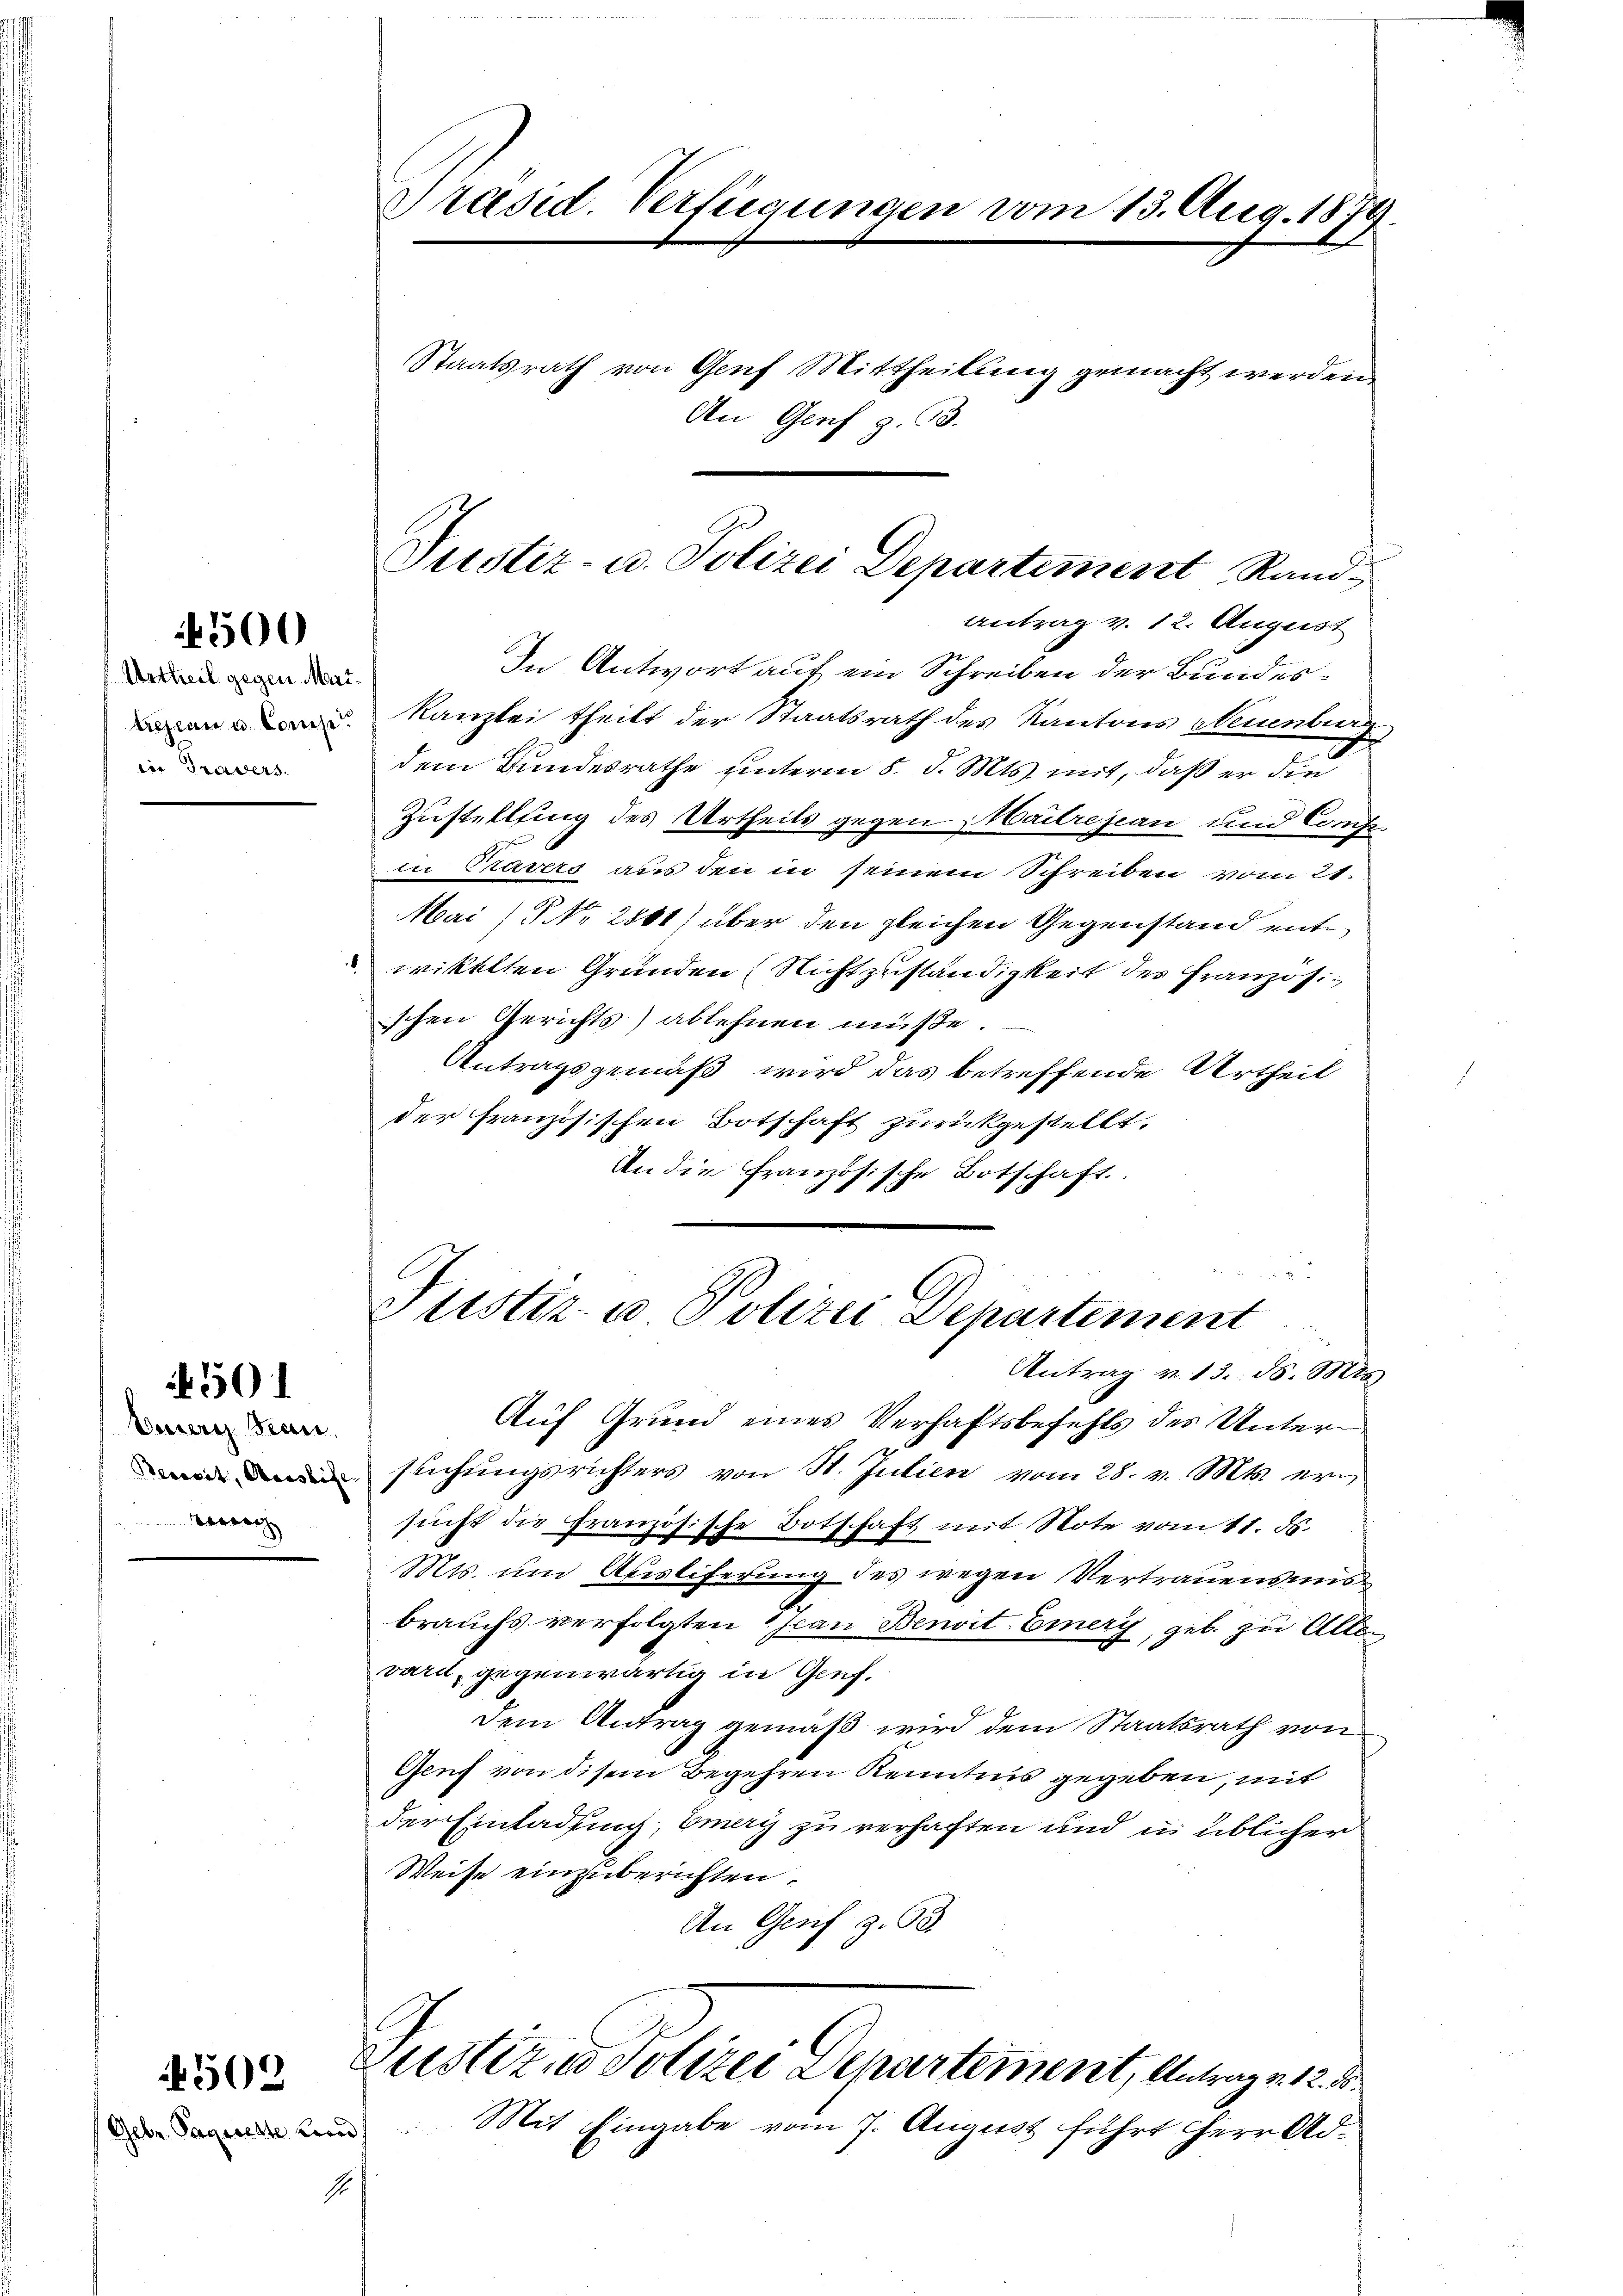
Urtheil gegen Martregien u. Conse
iin Sparvers.

500

Euere San.
vorrag

501

502

(Gebr. Pagierte vors

Präsid. Verfügungen vom 13. Aug. 1879.

Staatsrath von Genf Mittheilung gemacht werden
An Genf z. 93.

In Antwort auf ein Schreiben der Bundeskanzlei theilt der Staatsrath des Kantons Neuenburg
dem Bundesrathe unterm 8. d. Mts. mit, daß er die
Zustellung des Urtheils gegen Maitrejean und Confein Cravers aus den in seinem Schreiben vom 21.
Mai (P. Nr. 2881) über den gleichen Gegenstand entwikelten Gründen (Nichtzuständigkeit des Französischen Gerichts) ablehnen müßte.
Antragsgemäß wird das betreffende Urtheil
der Französischen Botschaft zurückgestellt.
An die Französische Botschaft.

Justiz- u. Polizei Departement Rand-
Antrag v. 12. August

Prustiz- u. Polizei Departement
Antrag v. 13. d. Mts

Auf Grund eines Verhaftsbefehls des Unter
sŭchŭngsrichters von St. Julien vom 28. v. Mts. ern
sucht die Französische Botschaft mit Note vom 11. ds.
Mts. um Auslieferung des wegen Vertrauensmisbrauchs verfolgten Jean Benoit. Einery, geb. zu Alle
vard, gegenwärtig in Genf.
Dem Antrag gemäß wird dem Staatsrath von
Genf von disem Begehren Kenntnis gegeben, mit
der Einladung, Emery zu verhaften und in üblicher
Weise einzuberichten.
An Genf z. 63.
Justiz, Polizei Departement, Antrag v. 12. 3.
Mit Eingabe vom 7. August führt Herr Ad¬
1